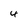
Character: 4